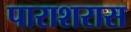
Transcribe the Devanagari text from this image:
पाराशरास